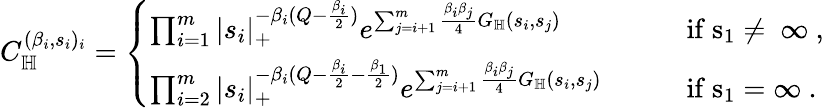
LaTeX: C_{\mathbb H}^{(\beta_{i},s_{i})_{i}}=\left\{ \begin{array}{ll}{\prod_{i=1}^{m}|s_{i}|_{+}^{-\beta_{i}(Q-\frac{\beta_{i}}{2})}e^{\sum_{j=i+1}^{m}\frac{\beta_{i}\beta_{j}}{4}G_{\mathbb H}(s_{i},s_{j})}}&{\qquad\mathrm{if~s_1\neq~\infty~,}}\\ {\prod_{i=2}^{m}|s_{i}|_{+}^{-\beta_{i}(Q-\frac{\beta_{i}}{2}-\frac{\beta_{1}}{2})}e^{\sum_{j=i+1}^{m}\frac{\beta_{i}\beta_{j}}{4}G_{\mathbb H}(s_{i},s_{j})}}&{\qquad\mathrm{if~s_1=\infty~.}}\end{array}\right.